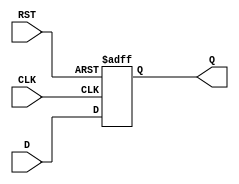
module DataRegister (
    input wire D,        // Data Input
    input wire CLK,      // Clock Input
    input wire RST,      // Reset Input
    output reg Q         // Data Output
);

// Asynchronous reset and synchronous data capture
always @(posedge CLK or posedge RST) begin
    if (RST) begin
        Q <= 1'b0;      // Set output Q to 0 on reset
    end else begin
        Q <= D;         // Capture data on the rising edge of the clock
    end
end

endmodule